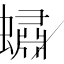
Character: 蟰